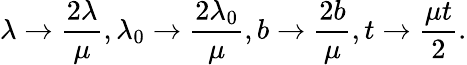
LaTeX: \lambda\to\frac{2\lambda}{\mu},\lambda_{0}\to\frac{2\lambda_{0}}{\mu},b\to\frac{2b}{\mu},t\to\frac{\mu t}{2}.